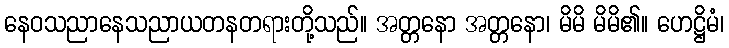
နေဝသညာနေသညာယတနတရားတို့သည်။ အတ္တနော အတ္တနော၊ မိမိ မိမိ၏။ ဟေဋ္ဌိမံ၊